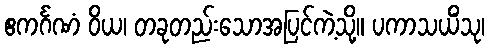
ဧကင်္ဂဏံ ဝိယ၊ တခုတည်းသောအပြင်ကဲ့သို့။ ပကာသယိံသု၊